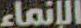
الإنماء